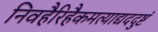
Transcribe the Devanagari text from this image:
निवहैरिहैकमत्याद्यददुष्टं